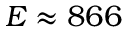
E \approx 8 6 6